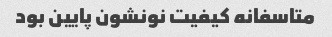
متاسفانه کیفیت نونشون پایین بود